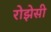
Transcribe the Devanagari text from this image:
रोझेसी